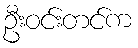
ဦးဝင်းတင်က